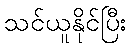
သင်ယူနိုင်ပြီး